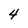
Character: 4